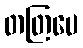
တတြပေ